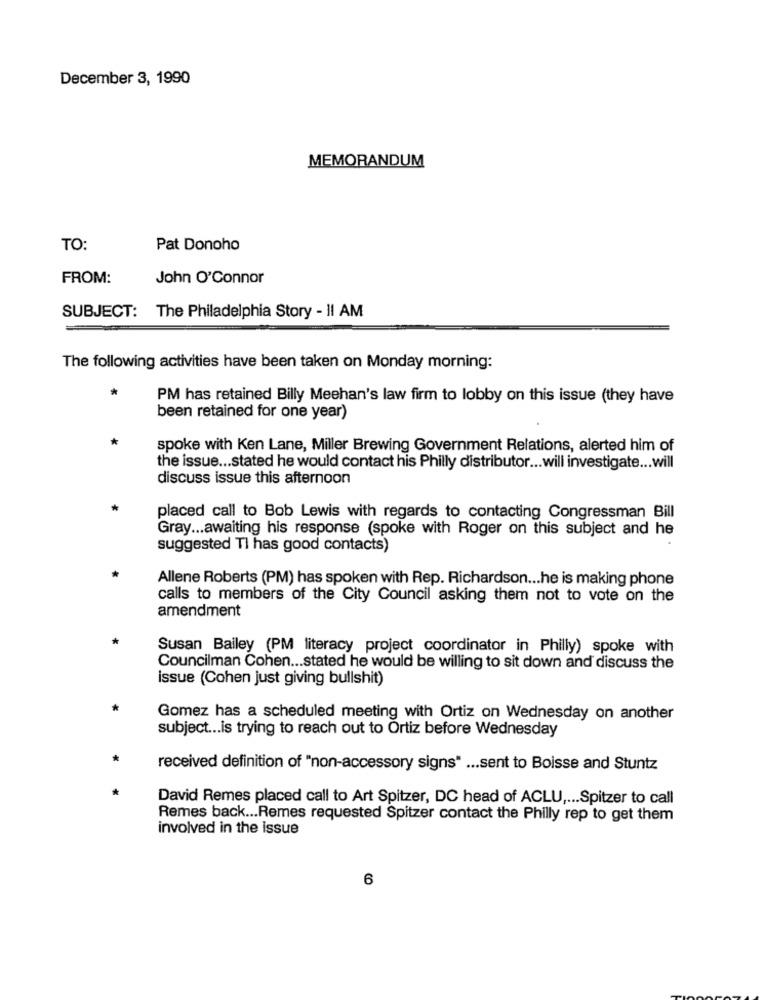
December 3, 1990
MEMORANDUM
TO:
Pat Donoho
FROM:
John O'Connor
SUBJECT: The Philadelphia Story - II AM
The following activities have been taken on Monday morning:
PM has retained Billy Meehan's law firm to lobby on this issue (they have
been retained for one year)
spoke with Ken Lane, Miller Brewing Government Relations, alerted him of
the issue ... stated he would contact his Philly distributor ... will investigate ... will
discuss issue this afternoon
placed call to Bob Lewis with regards to contacting Congressman Bill
Gray ... awaiting his response (spoke with Roger on this subject and he
suggested Ti has good contacts)
Allene Roberts (PM) has spoken with Rep. Richardson ... he is making phone
calls to members of the City Council asking them not to vote on the
amendment
Susan Bailey (PM literacy project coordinator in Philly) spoke with
Councilman Cohen ... stated he would be willing to sit down and discuss the
issue (Cohen just giving bullshit)
Gomez has a scheduled meeting with Ortiz on Wednesday on another
subject ... is trying to reach out to Ortiz before Wednesday
received definition of "non-accessory signs" ... sent to Boisse and Stuntz
David Remes placed call to Art Spitzer, DC head of ACLU ,... Spitzer to call
Remes back ... Remes requested Spitzer contact the Philly rep to get them
involved in the issue
6